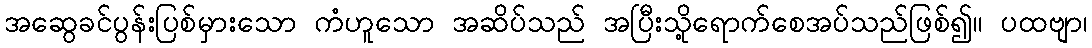
အဆွေခင်ပွန်းပြစ်မှားသော ကံဟူသော အဆိပ်သည် အပြီးသို့ရောက်စေအပ်သည်ဖြစ်၍။ ပထဗျာ၊